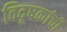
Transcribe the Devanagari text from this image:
विदूषकांची